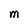
Character: M